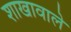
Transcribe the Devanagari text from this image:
शाखावाले